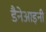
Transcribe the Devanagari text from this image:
डैनेआइनी